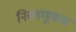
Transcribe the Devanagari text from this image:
निवडणूकच